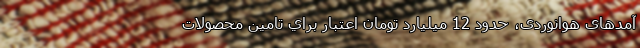
آمدهای هوانوردی، حدود 12 ميليارد تومان اعتبار براي تامين محصولات